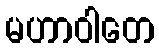
မဟာဝါတေ